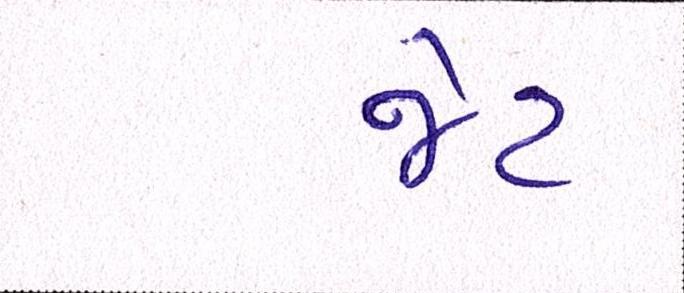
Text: જેટ